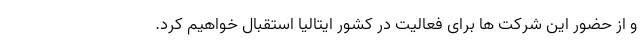
و از حضور این شرکت ها برای فعالیت در کشور ایتالیا استقبال خواهیم کرد.